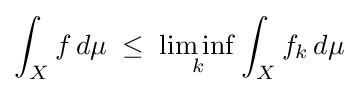
\int _{X}f\,d\mu \;\leq \;\liminf _{k}\int _{X}f_{k}\,d\mu